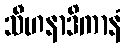
သီဟနာဒိကာနံ